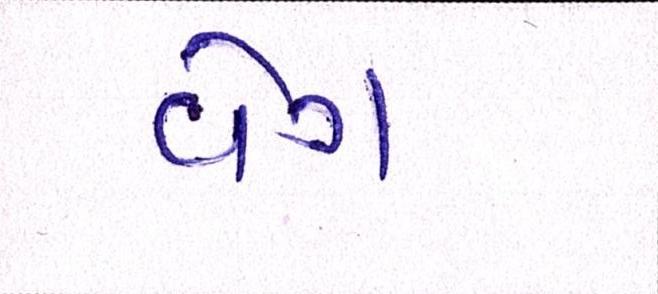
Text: વેગ